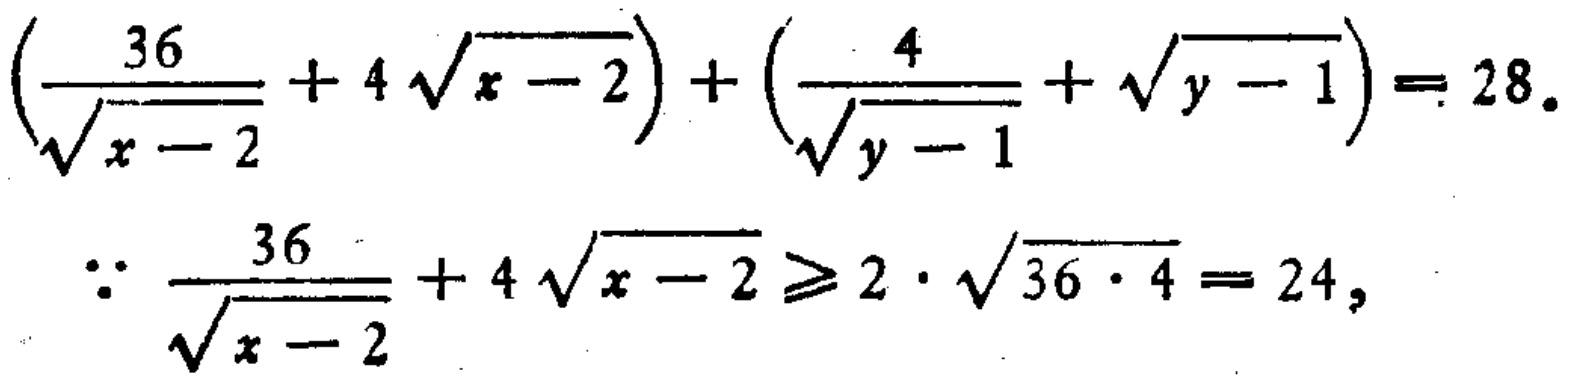
\[\left(\frac{36}{\sqrt{x - 2}} + 4\sqrt{x - 2}\right)+\left(\frac{4}{\sqrt{y - 1}}+\sqrt{y - 1}\right)=28.\]

\[\because \frac{36}{\sqrt{x - 2}}+4\sqrt{x - 2}\geq2\cdot\sqrt{36\cdot4}=24,\]